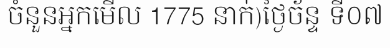
ចំនួនអ្នកមើល 1775 នាក់)ថ្ងៃច័ន្ទ ទី០៧